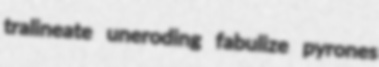
tralineate uneroding fabulize pyrones